Civil Veterinary Department. Madras. Admin. report 1910-25 - 1910-1925
Year: 1910
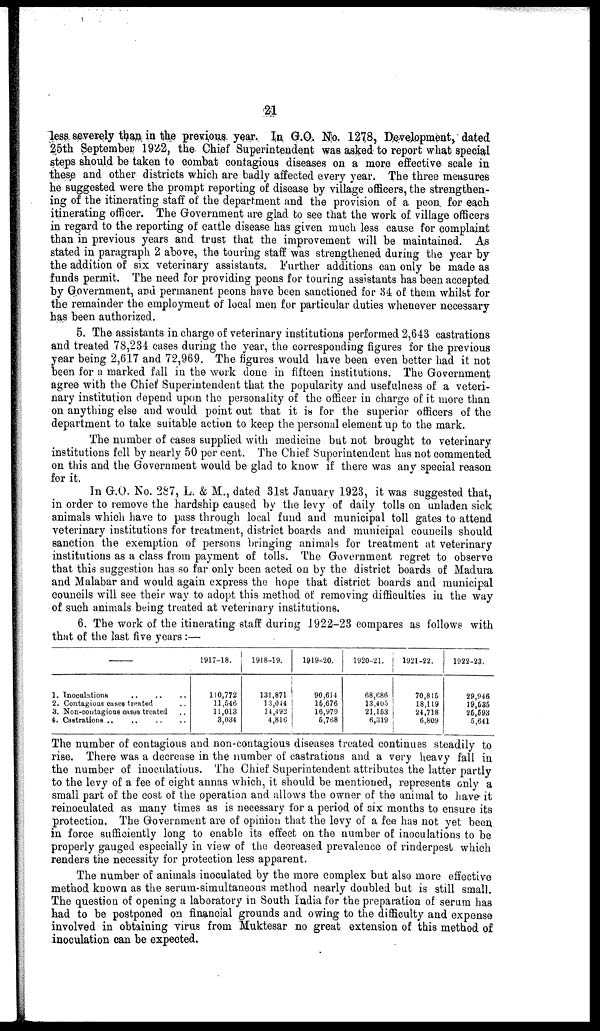
21
less severely than in the previous year. In G.O. No. 1278, Development, dated
25th September 1922, the Chief Superintendent was asked to report what special
steps should be taken to combat contagious diseases on a more effective scale in
these and other districts which are badly affected every year. The three measures
he suggested were the prompt reporting of disease by village officers, the strengthen-
ing of the itinerating staff of the department and the provision of a peon for each
itinerating officer. The Government are glad to see that the work of village officers
in regard to the reporting of cattle disease has given much less cause for complaint
than in previous years and trust that the improvement will be maintained. As
stated in paragraph 2 above, the touring staff was strengthened during the year by
the addition of six veterinary assistants. Further additions can only be made as
funds permit. The need for providing peons for touring assistants has been accepted
by Government, and permanent peons have been sanctioned for 34 of them whilst for
the remainder the employment of local men for particular duties whenever necessary
has been authorized.
5. The assistants in charge of veterinary institutions performed 2,643 castrations
and treated 78,234 cases during the year, the corresponding figures for the previous
year being 2,617 and 72,969. The figures would have been even better had it not
been for a marked fall in the work done in fifteen institutions. The Government
agree with the Chief Superintendent that the popularity and usefulness of a veteri-
nary institution depend upon the personality of the officer in charge of it more than
on anything else and would point out that it is for the superior officers of the
department to take suitable action to keep the personal element up to the mark.
The number of cases supplied with medicine but not brought to veterinary
institutions fell by nearly 50 per cent. The Chief Superintendent has not commented
on this and the Government would be glad to know if there was any special reason
for it.
In G.O. No. 287, L. & M., dated 31st January 1923, it was suggested that,
in order to remove the hardship caused by the levy of daily tolls on unladen sick
animals which have to pass through local fund and municipal toll gates to attend
veterinary institutions for treatment, district boards and municipal councils should
sanction the exemption of persons bringing animals for treatment at veterinary
institutions as a class from payment of tolls. The Government regret to observe
that this suggestion has so far only been acted on by the district boards of Madura
and Malabar and would again express the hope that district boards and municipal
councils will see their way to adopt this method of removing difficulties in the way
of such animals being treated at veterinary institutions.
6. The work of the itinerating staff during 1922-23 compares as follows with
that of the last five years :—
—
2. Contagious cases treated ..
3. Non-contagious cases treated ..
4. Castrations .. .. .. ..
1917-18.
110,772
11,546
11,013
3,034
1918-19.
131,871
13,044
14,492
4,816
1919-20.
90,614
15,676
16,979
6,768
1920-21.
68,686
13,405
21,163
6,319
1921-22.
70,815
18,119
24,718
6,809
1922-23.
29,946
19,685
26,693
5,641
The number of contagious and non-contagiou9 diseases treated continues steadily to
rise. There was a decrease in the number of castrations and a very heavy fall in
the number of inoculations. The Chief Superintendent attributes the latter partly
to the levy of a fee of eight annas which, it should be mentioned, represents only a
small part of the cost of the operation and allows the owner of the animal to have it
reinoculated as many times as is necessary for a period of six months to ensure its
protection. The Government are of opinion that the levy of a fee has not yet been
in force sufficiently long to enable its effect on the number of inoculations to be
properly gauged especially in view of the decreased prevalence of rinderpest which
renders the necessity for protection less apparent.
The number of animals inoculated by the more complex but also more effective
method known as the serum-simultaneous method nearly doubled but is still small.
The question of opening a laboratory in South India for the preparation of serum has
had to be postponed on financial grounds and owing to the difficulty and expense
involved in obtaining virus from Muktesar no great extension of this method of
inoculation can be expected.